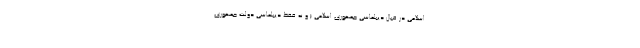
اسلامی در قبال دیپلماسی جمهوری اسلامی ( و نه فقط دیپلماسی دولت جمهوری